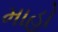
માહો